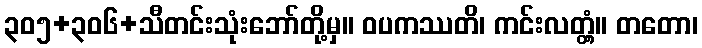
၃၀၅+၃၀၆+သီတင်းသုံးဘော်တို့မှ။ ဝပကဿတိ၊ ကင်းလတ္တံ့။ တတော၊